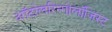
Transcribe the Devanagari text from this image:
ऑटोलरिन्गोलॉजिस्ट